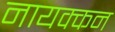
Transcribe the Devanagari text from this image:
नायक्कन